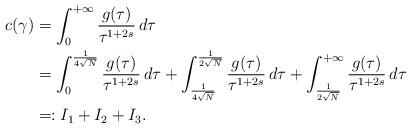
LaTeX: \begin{align*}c(\gamma)&=\int_0^{+\infty}\frac{g(\tau)}{\tau^{1+2s}}\,d\tau\\&=\int_0^{\frac{1}{4\sqrt{N}}}\frac{g(\tau)}{\tau^{1+2s}}\,d\tau+\int_{\frac{1}{4\sqrt{N}}}^{\frac{1}{2\sqrt{N}}}\frac{g(\tau)}{\tau^{1+2s}}\,d\tau+\int_{\frac{1}{2\sqrt{N}}}^{+\infty}\frac{g(\tau)}{\tau^{1+2s}}\,d\tau\\&=:I_1+I_2+I_3.\end{align*}